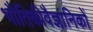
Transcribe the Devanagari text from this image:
भौतिकीवैज्ञानिकों